system: You are a helpful assistant.
user:
Analyze the provided spectrum to determine if it is a **Carbon Star (C-type)**.

- **Key Visual Indicators of Carbon Star:**
    - **(Primary):** Strong molecular absorption from **C₂ (diatomic carbon) "Swan Bands."** This is the **defining feature** of a carbon star.
        - **(Key Bandheads):** Sharp absorption edges are visible at approximately $5635$ Å, $5165$ Å (the strongest band), and $4737$ Å.
        - **(Line Profile):** Creates a distinct **"saw-tooth"** pattern. The key morphology is a sharp, steep bandhead on the **red (long-wavelength) side**, which then gradually tapers off (i.e., flux recovers) towards the **blue (short-wavelength) side**. *(This is the direct opposite of the TiO bands seen in M-type stars)*.

    - **(Secondary):** Intense **CN (cyanogen)** molecular absorption bands.
        - **(Key Bandheads):** Located in the blue and violet regions of the spectrum (e.g., near $4215$ Å and $3883$ Å).
        - **(Morphology):** These bands are extremely broad and act as a "blanket," absorbing the vast majority of blue and violet light. This creates a characteristic **"cliff"** or **"steep drop-off"** in the spectrum's flux at short wavelengths.

    - **(Key Confirmation):** Strong **CH absorption band (G-band)**.
        - **(Key Bandhead):** Located around $4300$ Å. The contribution from CH molecules to this band is exceptionally strong.

    - **(Overall Spectrum):**
        - The continuum is severely "chopped up" by these deep molecular bands, especially C₂, rather than appearing as a smooth curve.
        - Due to the heavy CN and C₂ absorption in the blue-green, the vast majority of the star's flux is concentrated in the red part of the spectrum, giving the star its characteristic deep red color.

Think first, call **spectral_visualization_tool** if needed to examine features in detail, then provide your final answer. Your response must adhere to the following strict rules:
1.  **Overall Structure:** Your response must follow the format `<think>...</think> <tool_call>...</tool_call> (if a tool is used) <answer>...</answer>`.
2.  **Tool Usage Constraint:** You may only make **one** tool call per turn.
3.  **Final Answer Format:** In the `<answer>` tag, your conclusion must be inside a `\boxed{}` command (e.g., `\boxed{YES}`), followed by your justification.

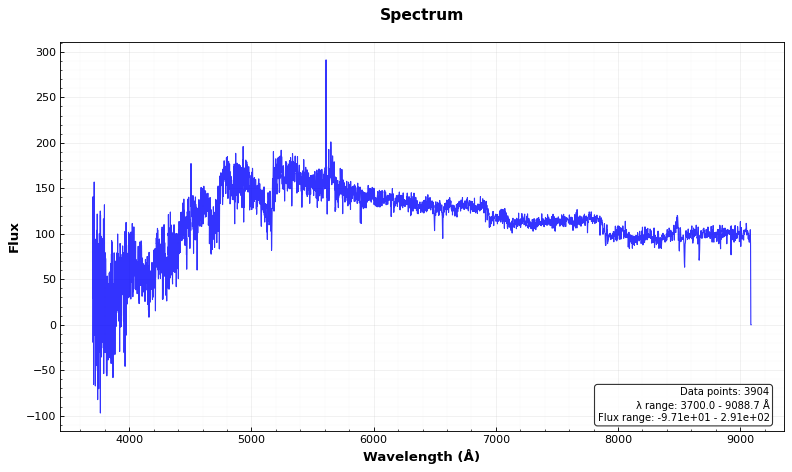
Answer: YES